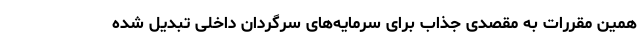
همین مقررات به مقصدی جذاب برای سرمایه‌های سرگردان داخلی تبدیل شده